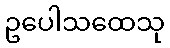
ဥပေါသထေသု